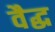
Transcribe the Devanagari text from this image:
वैद्ध